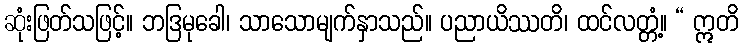
ဆုံးဖြတ်သဖြင့်။ ဘဒြမုခေါ၊ သာသောမျက်နှာသည်။ ပညာယိဿတိ၊ ထင်လတ္တံ့။ “ ဣတိ